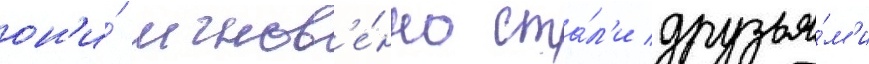
он'и́ мгнов'е́нно ста́л'и друзья́м'и